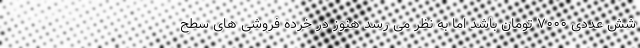
شش عددی ۷۰۰۰ تومان باشد اما به نظر می رسد هنوز در خرده فروشی های سطح